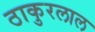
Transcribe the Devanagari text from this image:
ठाकुरलाल